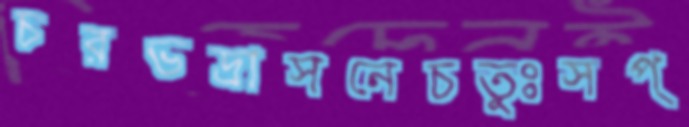
চরভদ্রাসনেচতুঃসপ্